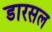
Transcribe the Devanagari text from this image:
डारसल